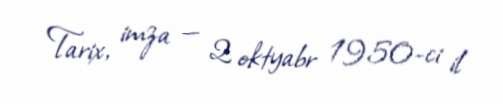
Tarix, imza — 2 oktyabr 1950-ci il